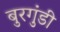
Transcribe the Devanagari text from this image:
बुरगुंडी